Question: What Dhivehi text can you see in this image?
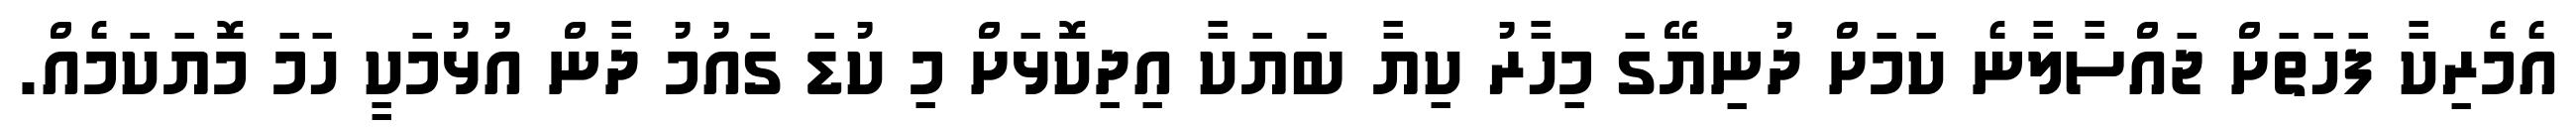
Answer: އެމެރިކާ ފަހަތަށް ޖައްސާލާނެ ކަމަށް ދުނިޔޭގަ މިހާރު ކިޔާ ބަޔަކާ އިދިކޮޅަށް މި ކުޑަ ގައުމު ދާން އުޅުމަކީ ހަމަ މޮޔަކަމެއް.